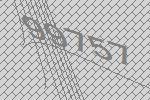
99757